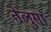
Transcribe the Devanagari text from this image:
तेलुसा